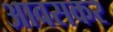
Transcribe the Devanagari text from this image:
आवसकर